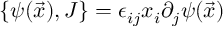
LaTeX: \{ \psi ( \vec { x } ) , J \} = \epsilon _ { i j } x _ { i } \partial _ { j } \psi ( \vec { x } )